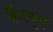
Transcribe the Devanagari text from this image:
कैंक्युएं